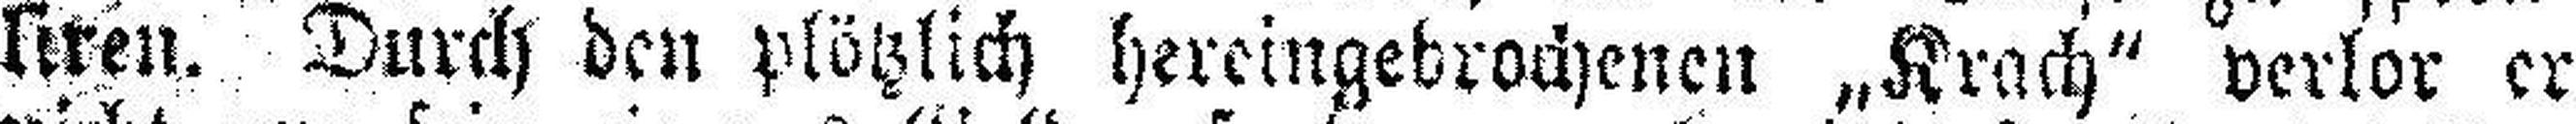
liren. Durch den plötzlich hereingebrochenen „Krach“ verlor er